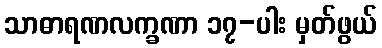
သာဓာရဏလက္ခဏာ ၁၇-ပါး မှတ်ဖွယ်